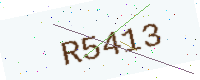
Text: R5413